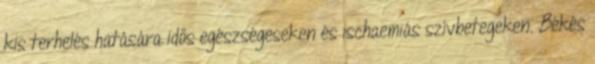
kis terhelés hatására idős egészségeseken és ischaemiás szívbetegeken. Békés